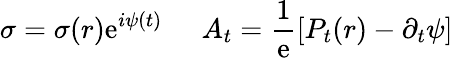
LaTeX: \sigma=\sigma(r)\mathrm{e}^{i\psi(t)}\; \; \; \; \; A_{t}=\frac{{1}}{{\mathrm{e}}}[P_{t}(r)-\partial_{t}\psi]